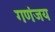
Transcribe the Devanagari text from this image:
गणंजय